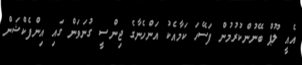
އެއީ ލޫޕް ބޭނުންކުރުމުން ފަސޭހަ ކަމާއެކު އަންހެނާގެ ޖިންސީ ގުނަވަން ގައި އިންފެކްޝަން